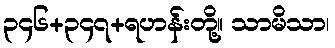
၃၄၆+၃၄၇+ရဟန်းတို့။ သာမိသာ၊